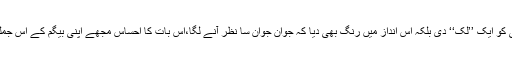
جس نے نہ صرف بالوں اور داڑھی کو ایک ’’لُک‘‘ دی بلکہ اس انداز میں رنگ بھی دیا کہ جوان جوان سا نظر آنے لگا،اِس بات کا احساس مجھے اپنی بیگم کے اس جملے سے بھی ہوا جب انہوں نے کہا۔